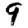
Digit: 9